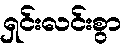
ရှင်းလင်းစွာ